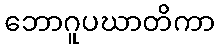
ဘောဂူပဃာတိကာ